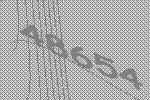
48654